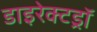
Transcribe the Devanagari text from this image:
डाइरेक्टड्रॉ